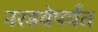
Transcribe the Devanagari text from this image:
नरडवेपर्यंत